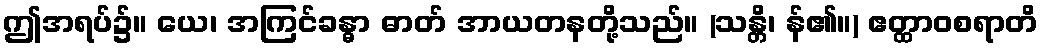
ဤအရပ်၌။ ယေ၊ အကြင်ခန္ဓာ ဓာတ် အာယတနတို့သည်။ (သန္တိ၊ န်၏။) ဧတ္ထာဝစရာတိ